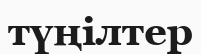
түңілтер